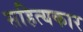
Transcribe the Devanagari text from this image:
सहित्यकार